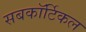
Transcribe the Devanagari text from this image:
सबकॉर्टिकल